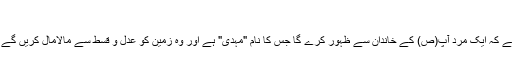
[1]
مآخذ حدیث کے مطابق، رسول اللہ(ص) نے وعدہ دیا ہے کہ ایک مرد آپ(ص) کے خاندان سے ظہور کرے گا جس کا نام "مہدی" ہے اور وہ زمین کو عدل و قسط سے مالامال کریں گے جس طرح کہ یہ ظلم و ستم سے مالامال ہوچکی ہوگی۔